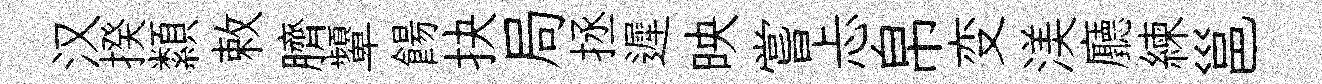
汉揆纇敕臍顰餳抉局拯遲映嘗忐帛变渼廳練邕